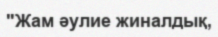
"Жам әулие жиналдық,